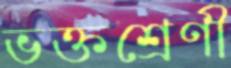
ভক্তশ্রেণী